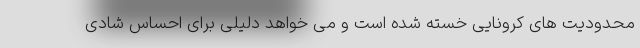
محدودیت های کرونایی خسته شده است و می خواهد دلیلی برای احساس شادی